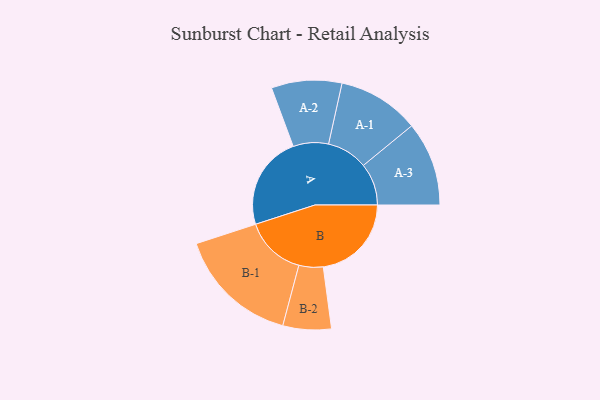
{"axis": {"x": "Segment", "y": "Value"}, "legend": ["", "A", "B"], "data": [{"x": "A", "y": 450, "type": ""}, {"x": "B", "y": 423, "type": ""}, {"x": "A-1", "y": 196, "type": "A"}, {"x": "A-2", "y": 169, "type": "A"}, {"x": "A-3", "y": 202, "type": "A"}, {"x": "B-1", "y": 293, "type": "B"}, {"x": "B-2", "y": 116, "type": "B"}]}